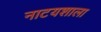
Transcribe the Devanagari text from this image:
नाटयशाला